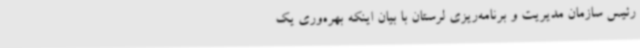
رئیس سازمان مدیریت و برنامه‌ریزی لرستان با بیان اینکه بهره‌وری یک